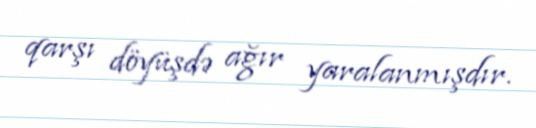
qarşı döyüşdə ağır yaralanmışdır.